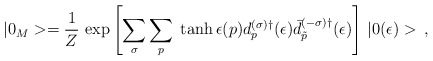
\begin{align*} |0_M>=\frac{1}{Z}\,\exp\left[{\sum_{\sigma} \sum_p \;\tanh\epsilon (p) d_p^{(\sigma)\dagger}(\epsilon) \bar{d}_{\tilde p}^{(-\sigma)\dagger}}(\epsilon)\right]\, |0(\epsilon)>\,{,}\end{align*}